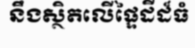
នឹងស្ថិតលើផ្ទៃដីដ៏ធំ